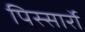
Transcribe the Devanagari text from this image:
पिस्सार्रो